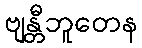
ဗျန္တီဘူတေန